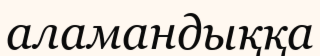
аламандыққа